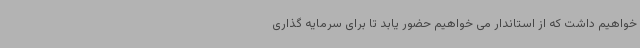
خواهیم داشت که از استاندار می خواهیم حضور یابد تا برای سرمایه گذاری